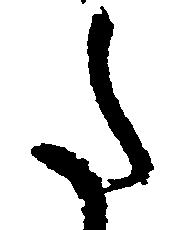
た